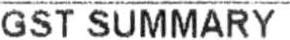
GST SUMMARY